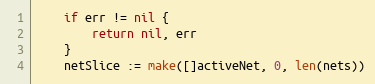
Language: Go
	if err != nil {
		return nil, err
	}
	netSlice := make([]activeNet, 0, len(nets))